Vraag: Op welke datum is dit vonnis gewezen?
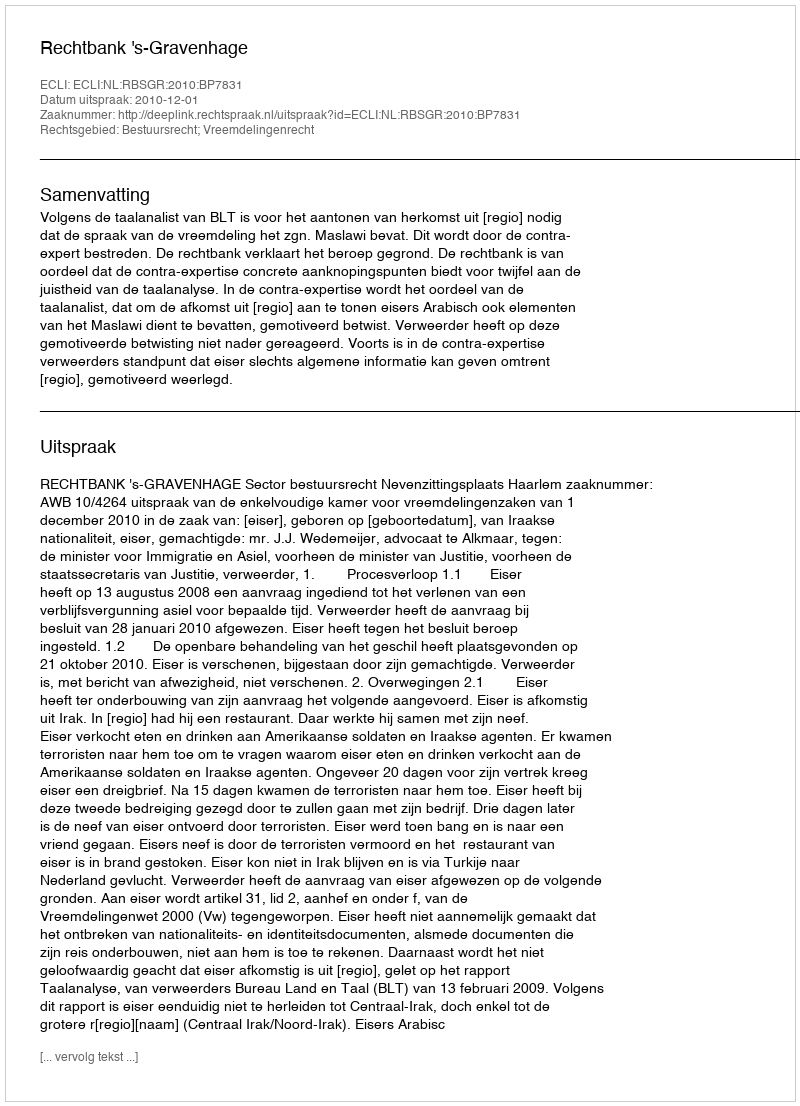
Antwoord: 2010-12-01